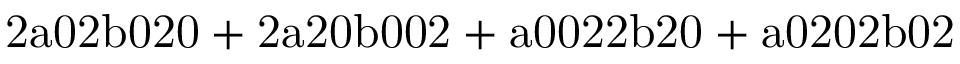
\mathrm { 2 a 0 2 b 0 2 0 + 2 a 2 0 b 0 0 2 + a 0 0 2 2 b 2 0 + a 0 2 0 2 b 0 2 }